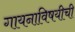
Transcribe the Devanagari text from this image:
गायनाविषयीची